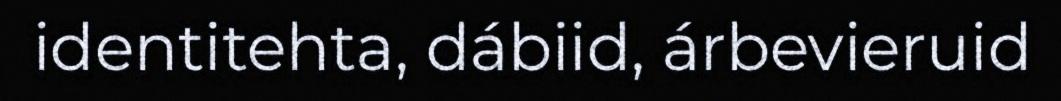
identitehta, dábiid, árbevieruid